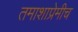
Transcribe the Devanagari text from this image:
तमाशाप्रेमीच